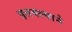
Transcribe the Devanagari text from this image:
हलवल्याने